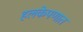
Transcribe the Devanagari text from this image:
हलकेपणात